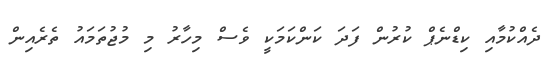
ދެއްކުމާއި ކިޑްނެޕް ކުރުން ފަދަ ކަންކަމަކީ ވެސް މިހާރު މި މުޖުތަމައު ތެރެއިން